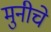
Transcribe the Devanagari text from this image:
मुनीचे